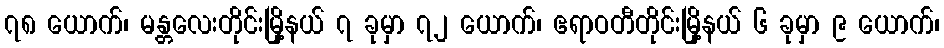
၇၈ ယောက်၊ မန္တလေးတိုင်းမြို့နယ် ၇ ခုမှာ ၇၂ ယောက်၊ ဧရာဝတီတိုင်းမြို့နယ် ၆ ခုမှာ ၉ ယောက်၊